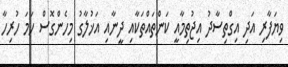
ވިޔަފާރި އަދި އިގްތިސާދު އިޖުތިމާއީ ކަންތައްތަކާއި ދީނާއި އަޚުލާގު މިހެންގޮސް ހަމަ ހުރިހާ